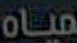
مياه